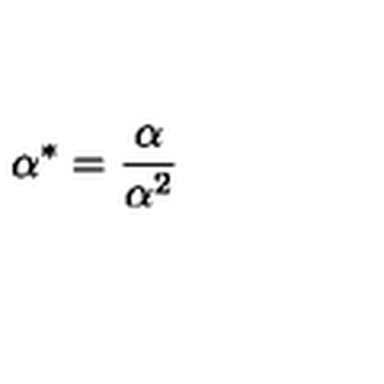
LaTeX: { \mathrm { \boldmath \alpha } } ^ { * } = { \frac { \mathrm { \boldmath \alpha } } { { \mathrm { \boldmath \alpha } } ^ { 2 } } }